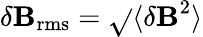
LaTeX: \delta\mathbf{B}_{\mathrm{{rms}}}=\sqrt{}{{\langle{\mathbf{\delta}\mathbf{B}}^{2}\rangle}}